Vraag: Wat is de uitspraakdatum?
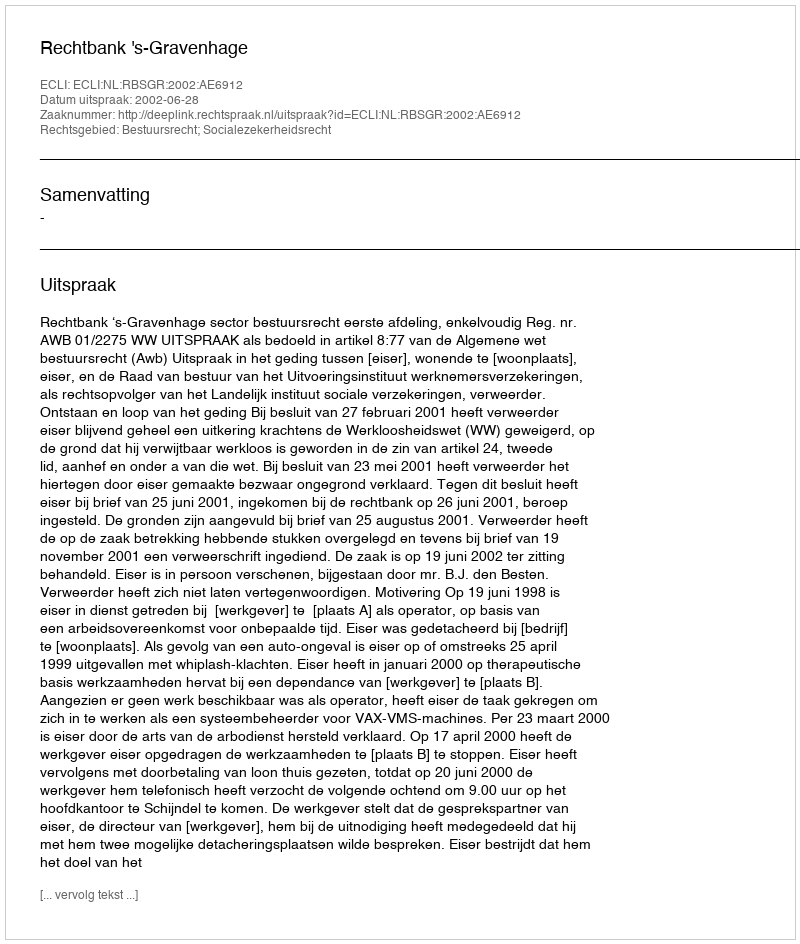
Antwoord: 2002-06-28